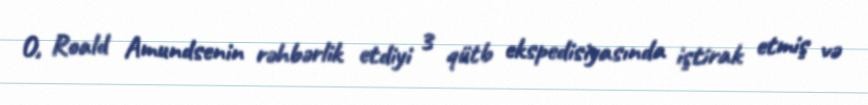
O, Roald Amundsenin rəhbərlik etdiyi 3 qütb ekspedisiyasında iştirak etmiş və